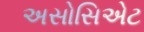
અસોસિએટ